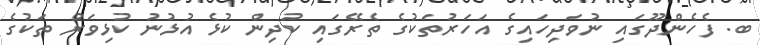
ބ. ފެހެންދޫގައި ނުވަދިހައިގެ އަހަރުތަކުގެ ތެރޭގައި ކުދިން ކުޅެ އުޅުނު ކުޅިވަރު ތަކުގެ